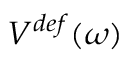
V ^ { d e f } ( \omega )